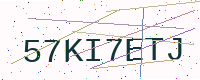
Text: 57KI7ETJ